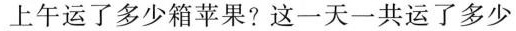
上午运了多少箱苹果? 这一天一共运了多少